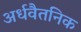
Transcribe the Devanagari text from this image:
अर्धवैतनिक